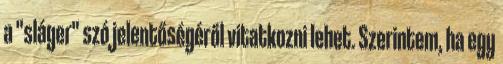
a "sláger" szó jelentőségéről vitatkozni lehet. Szerintem, ha egy